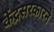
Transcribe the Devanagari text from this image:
केंद्रसरकारने